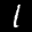
Label: 1